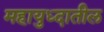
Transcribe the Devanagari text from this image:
महायुध्दातील